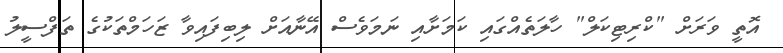
އޮތީ ވަރަށް "ކްރިޓިކަލް" ހާލަތެއްގައި ކަމަށާއި ނަމަވެސް އޭނާއަށް ލިބިފައިވާ ޒަހަމްތަކުގެ ތަފްސީލު